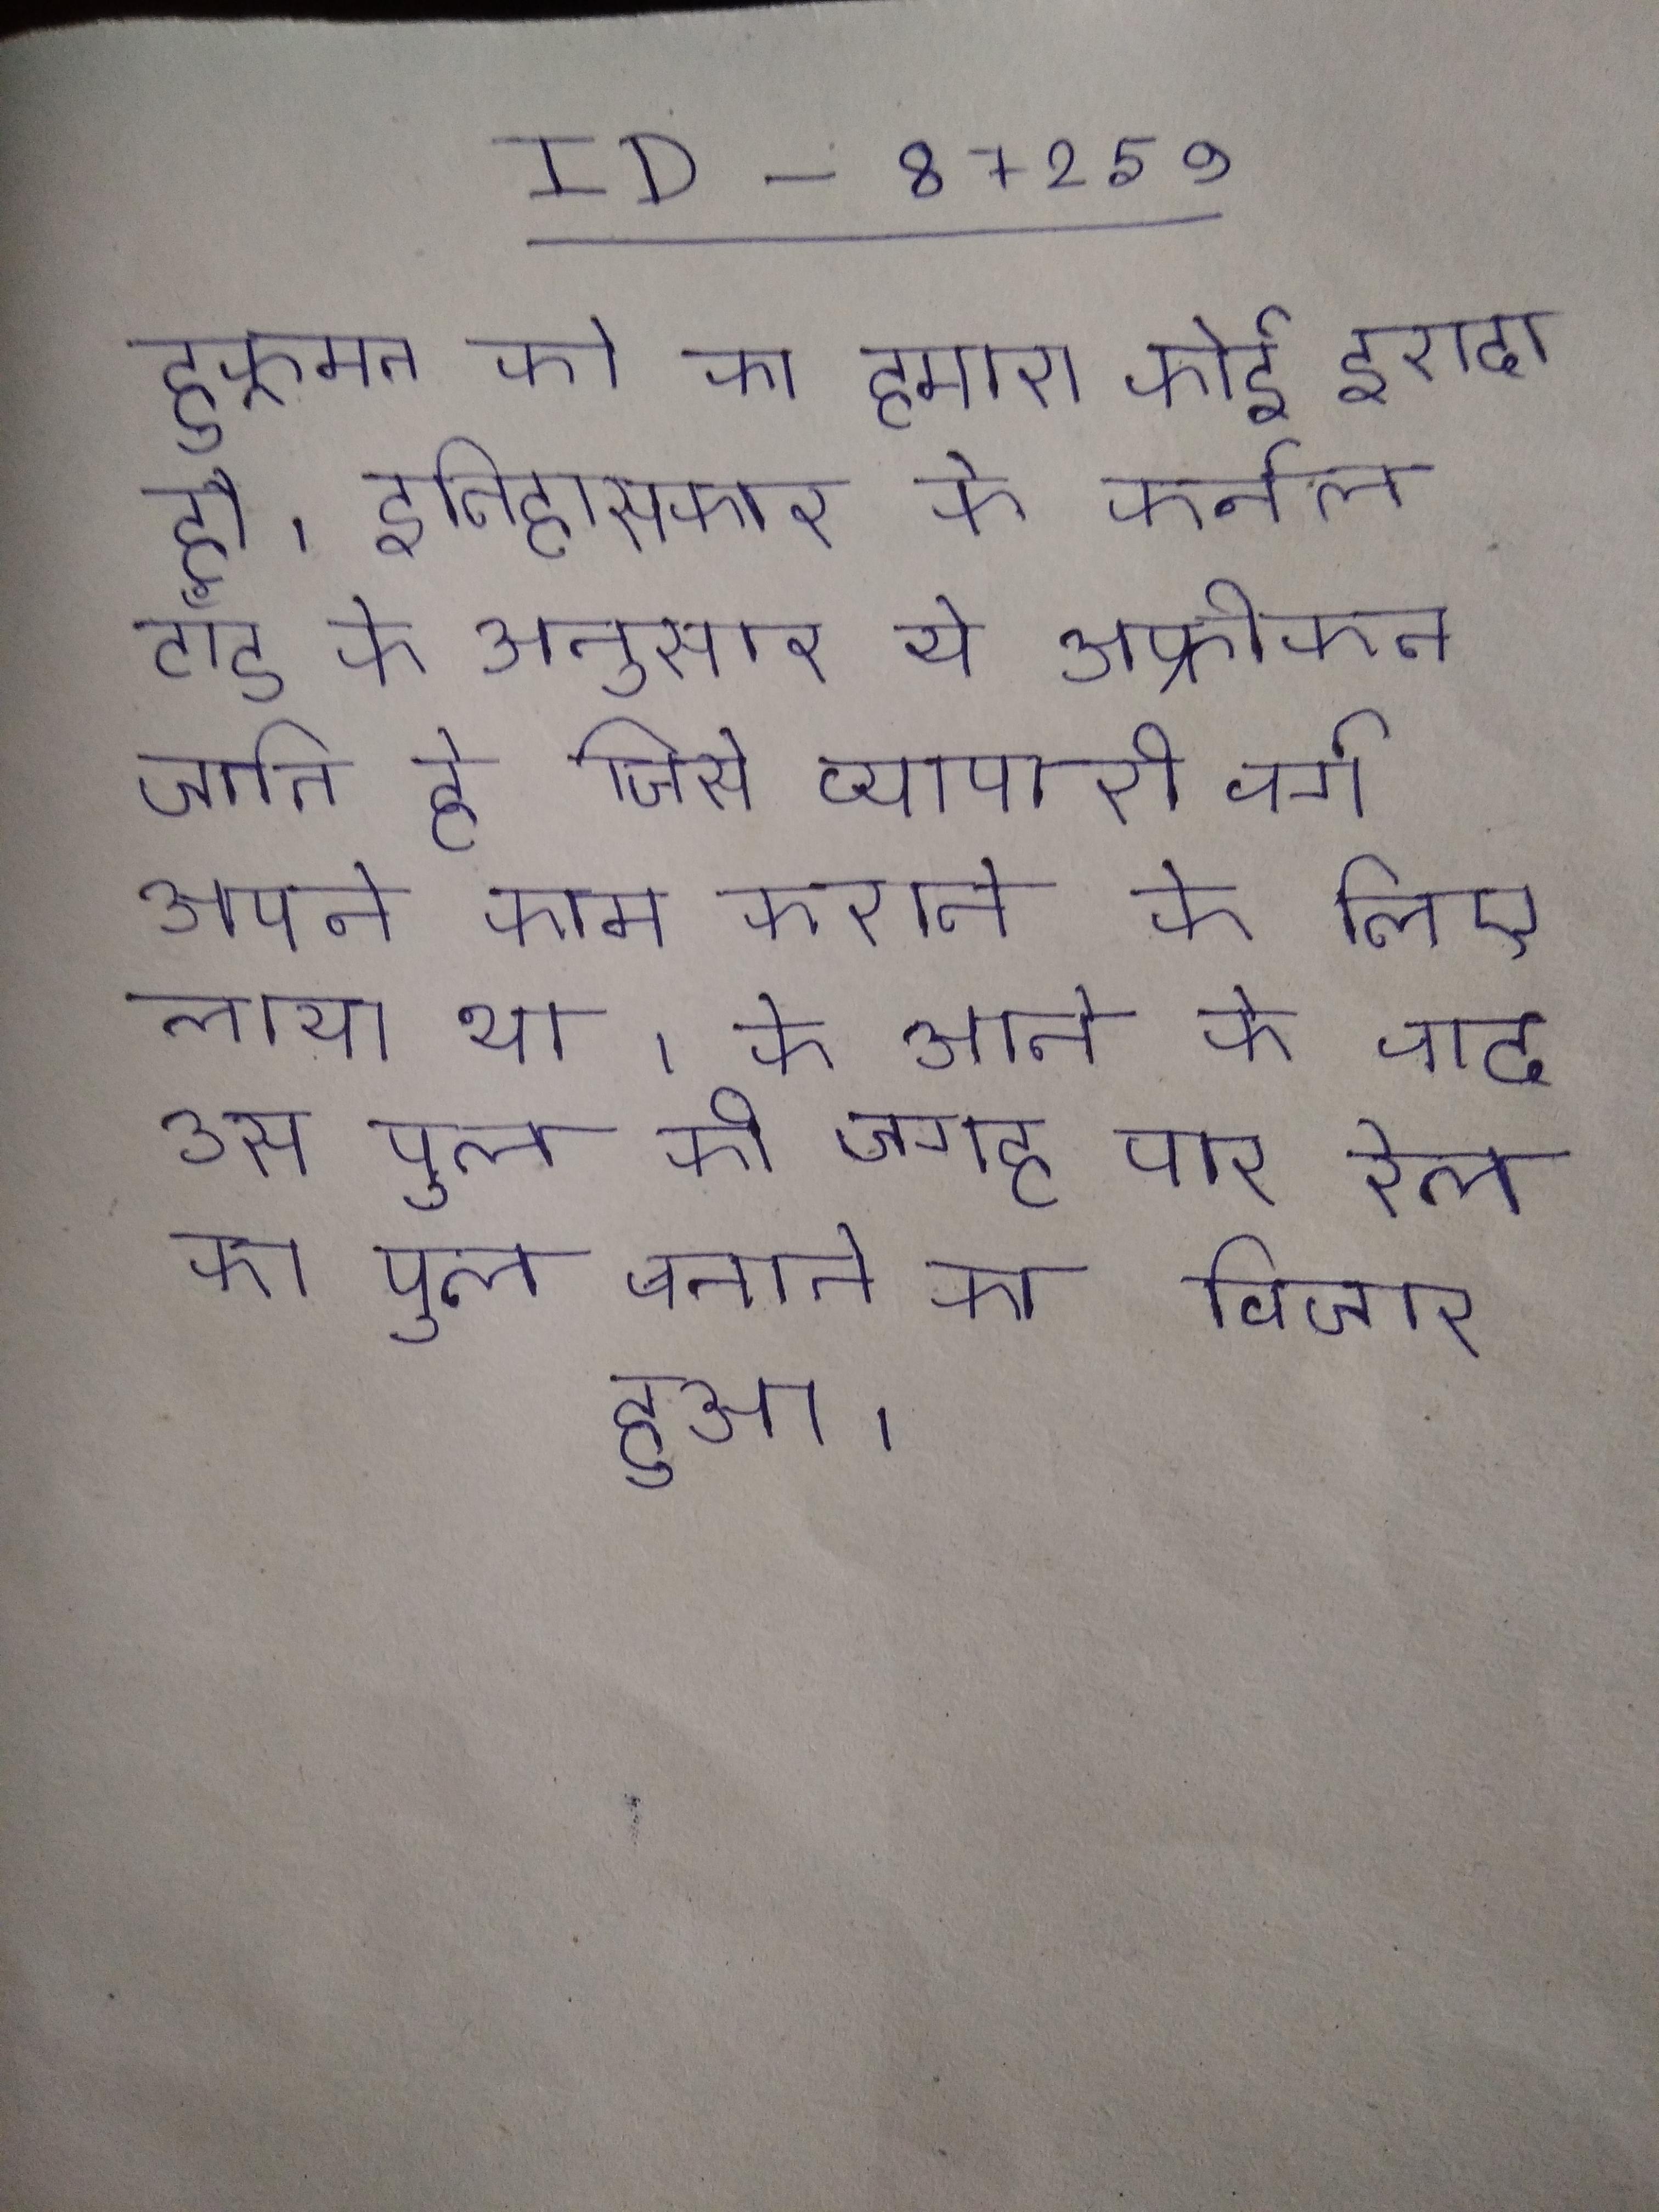
हुकूमत को का हमारा कोई इरादा है । इतिहासकार के कर्नल टॉड के अनुसार ये अफ्रीकन जाति हे जिसे व्यापारी वर्ग अपने काम कराने के लिए लाया था । के आने के बाद उस पुल की जगह पर रेल का पुल बनाने का विचार हुआ ।